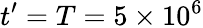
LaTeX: t^{\prime}=T=5\times 10^{6}